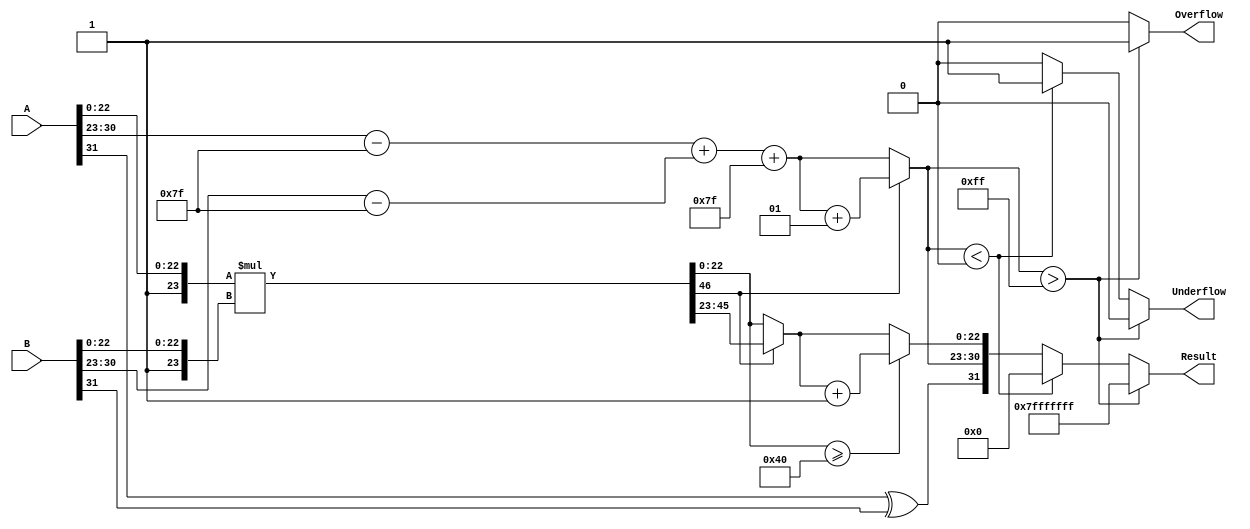
module floating_point_multiplier (
    input  [31:0] A,
    input  [31:0] B,
    output reg [31:0] Result,
    output reg Overflow,
    output reg Underflow
);

    // IEEE 754 constants
    localparam BIAS = 127;
    localparam EXPONENT_WIDTH = 8;
    localparam MANTISSA_WIDTH = 23;

    // Sign, exponent, and mantissa extraction
    wire signA = A[31];
    wire signB = B[31];
    wire [EXPONENT_WIDTH-1:0] exponentA = A[30:23];
    wire [EXPONENT_WIDTH-1:0] exponentB = B[30:23];
    wire [MANTISSA_WIDTH-1:0] mantissaA = A[22:0];
    wire [MANTISSA_WIDTH-1:0] mantissaB = B[22:0];

    wire [MANTISSA_WIDTH:0] normalizedMantissaA = {1'b1, mantissaA}; // Implicit leading 1
    wire [MANTISSA_WIDTH:0] normalizedMantissaB = {1'b1, mantissaB}; // Implicit leading 1

    // Actual exponent calculations
    wire signed [8:0] exponentA_decoded = {1'b0, exponentA} - BIAS; // 9 bits for potential overflow
    wire signed [8:0] exponentB_decoded = {1'b0, exponentB} - BIAS;

    wire signed [8:0] exponentResult = exponentA_decoded + exponentB_decoded + BIAS;
    wire [MANTISSA_WIDTH*2:0] mantissaProduct = normalizedMantissaA * normalizedMantissaB;

    // Variable declarations for normalization
    reg [22:0] mantissaResult;
    reg [7:0] finalExponent;  // 8 bits for exponent

    // Mantissa normalization
    always @(*) begin
        if (mantissaProduct[MANTISSA_WIDTH*2]) begin
            // Normalization required: shift right
            mantissaResult = mantissaProduct[MANTISSA_WIDTH*2-1:MANTISSA_WIDTH]; // Drop 1 bit
            finalExponent = exponentResult + 1; // Increment exponent
        end else begin
            // No normalization required
            mantissaResult = mantissaProduct[MANTISSA_WIDTH-1:0]; // Use the lower part
            finalExponent = exponentResult; // No change to exponent
        end

        // Rounding: rounding to nearest even (simple rounding)
        if (mantissaProduct[MANTISSA_WIDTH-1:0] >= 23'b1000000) begin
            mantissaResult = mantissaResult + 1;
        end

        // Overflow and underflow detection
        if (finalExponent > 255) begin
            Overflow = 1;
            Underflow = 0;
            Result = 32'h7FFFFFFF; // Return Infinity
        end else if (finalExponent < 0) begin
            Underflow = 1;
            Overflow = 0;
            Result = 32'h00000000; // Return 0
        end else begin
            Overflow = 0;
            Underflow = 0;
            Result = {signA ^ signB, finalExponent[EXPONENT_WIDTH-1:0], mantissaResult[22:0]};
        end
    end
endmodule